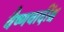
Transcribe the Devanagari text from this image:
वैष्णवादींश्च